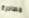
مصادرة